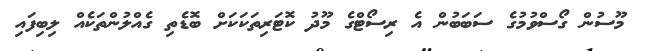
މޫސުން ގޯސްވުމުގެ ސަބަބުން އެ ރިސޯޓްގެ މޫދު ކޮޓަރިތަކަކަށް ބޮޑެތި ގެއްލުންތަކެއް ލިބިފައި